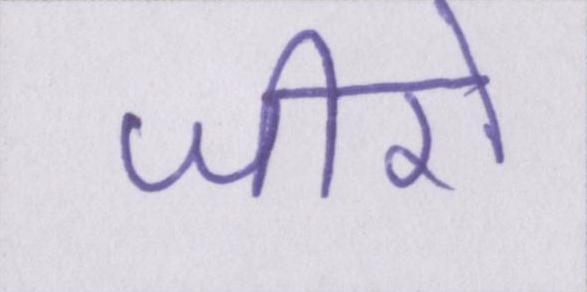
जीरो